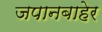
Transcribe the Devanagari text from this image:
जपानबाहेर